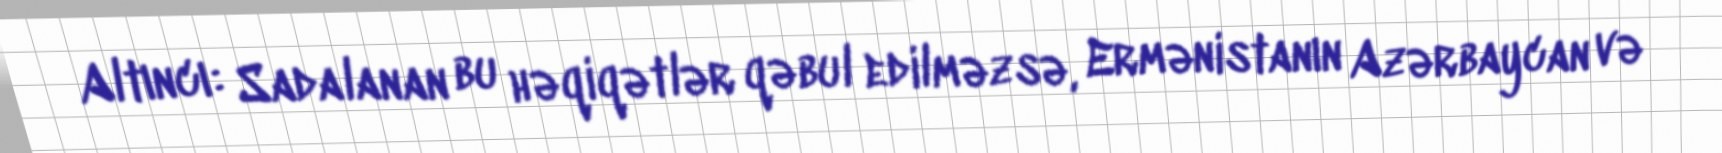
Altıncı: Sadalanan bu həqiqətlər qəbul edilməzsə, Ermənistanın Azərbaycan və